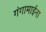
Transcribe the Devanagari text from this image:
गंगामाईना